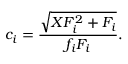
c _ { i } = \frac { \sqrt { X F _ { i } ^ { 2 } + F _ { i } } } { f _ { i } F _ { i } } .